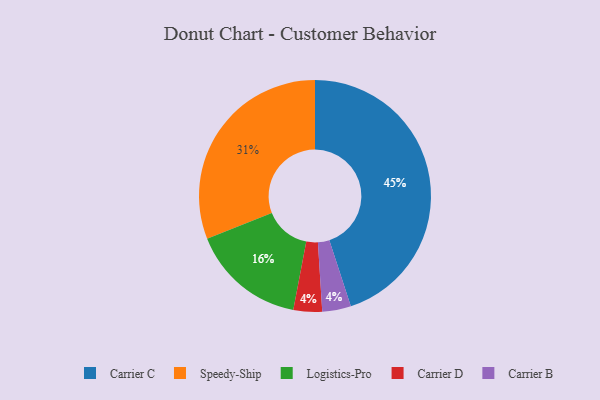
{"axis": {"x": "Category", "y": "Percentage"}, "legend": ["Carrier B", "Carrier C", "Carrier D", "Logistics-Pro", "Speedy-Ship"], "data": [{"x": "Carrier C", "y": 45, "type": "Carrier C"}, {"x": "Carrier D", "y": 4, "type": "Carrier D"}, {"x": "Carrier B", "y": 4, "type": "Carrier B"}, {"x": "Speedy-Ship", "y": 31, "type": "Speedy-Ship"}, {"x": "Logistics-Pro", "y": 16, "type": "Logistics-Pro"}]}